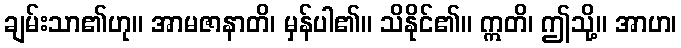
ချမ်းသာ၏ဟု။ အာမဇာနာတိ၊ မှန်ပါ၏။ သိနိုင်၏။ ဣတိ၊ ဤသို့။ အာဟ၊